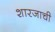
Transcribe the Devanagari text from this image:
शारजाची